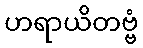
ဟရာယိတဗ္ဗံ